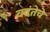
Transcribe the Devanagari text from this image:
वदंतेचे